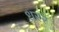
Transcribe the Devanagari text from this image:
धरर